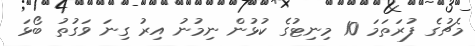
މެޗުގެ ފުރަތަމަ 10 މިނިޓުގެ ކުޅުން ނިމުނު އިރު ގިނަ ވަގުތު ބޯޅަ